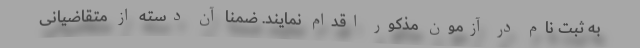
به ثبت نام در آزمون مذکور اقدام نمایند. ضمناً آن دسته از متقاضیانی